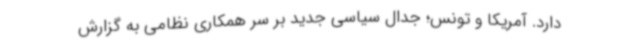
دارد. آمریکا و تونس؛ جدال سیاسی جدید بر سر همکاری نظامی به گزارش